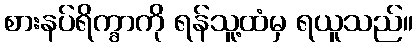
စားနပ်ရိက္ခာကို ရန်သူ့ထံမှ ရယူသည်။